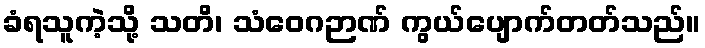
ခံရသူကဲ့သို့ သတိ၊ သံဝေဂဉာဏ် ကွယ်ပျောက်တတ်သည်။